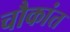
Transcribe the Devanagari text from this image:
चौकांत